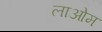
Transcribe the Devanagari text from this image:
लाओम